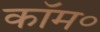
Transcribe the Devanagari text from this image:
कॉम॰